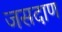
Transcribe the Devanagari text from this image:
जसदाण